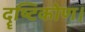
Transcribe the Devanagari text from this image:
दॄष्‍टिकोण।